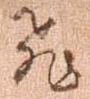
飛